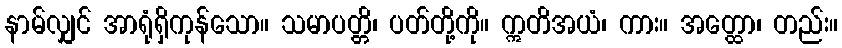
နာမ်လျှင် အာရုံရှိကုန်သော။ သမာပတ္တိ၊ ပတ်တို့ကို။ ဣတိအယံ၊ ကား။ အတ္ထော၊ တည်း။